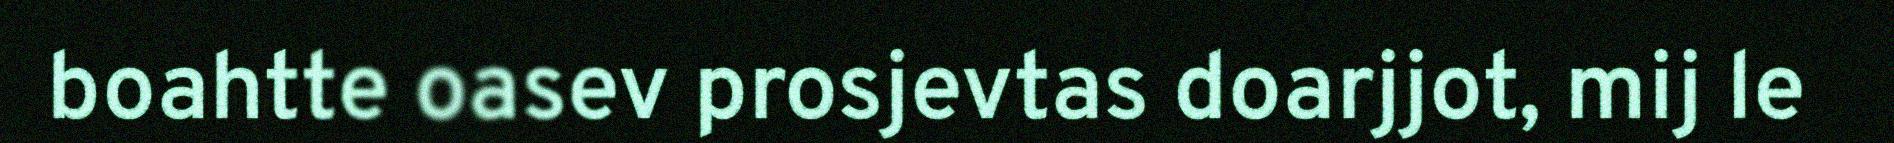
boahtte oasev prosjevtas doarjjot, mij le